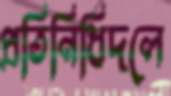
প্রতিনিধিদলে